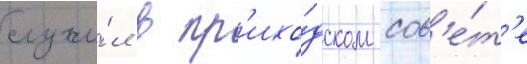
служи́л в пр'ихо́дском сов'е́т'е